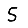
Digit: 5